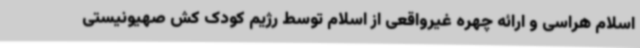
اسلام هراسی و ارائه چهره غیرواقعی از اسلام توسط رژیم کودک کش صهیونیستی